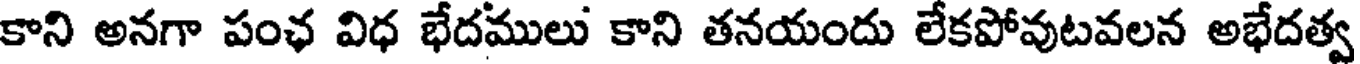
కాని అనగా పంఛ విధ భేదములు కాని తనయందు లేకపోవుటవలన అభేదత్వ